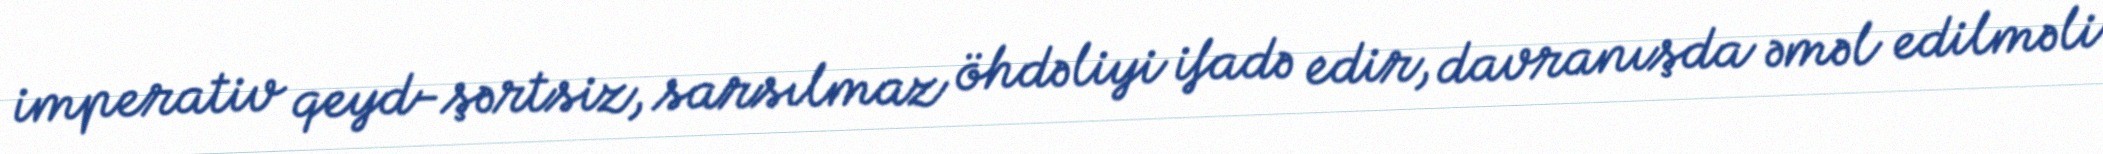
imperativ qeyd-şərtsiz, sarsılmaz öhdəliyi ifadə edir, davranışda əməl edilməli